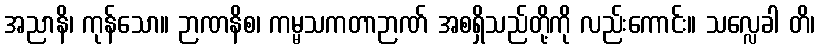
အညာနိ၊ ကုန်သော။ ဉာဏနိစ၊ ကမ္မသကတာဉာဏ် အစရှိသည်တို့ကို လည်းကောင်း။ သလ္လေခါ တိ၊